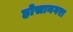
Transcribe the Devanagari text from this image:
होसानगरा